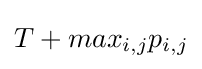
T+max_{i,j}p_{i,j}